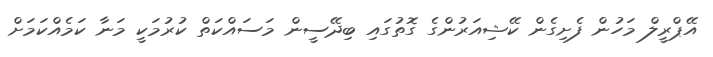
އޭޕްރީލް މަހުން ފެށިގެން ކޭޝިއަރުންގެ ގޮތުގައި ބިދޭސީން މަސައްކަތް ކުރުމަކީ މަނާ ކަމެއްކަމަށް